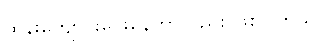
ထိန်းကျောင်းပေးနေတာလည်း ဖြစ်ပါတယ်။